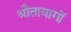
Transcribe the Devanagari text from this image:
श्रौतायागों